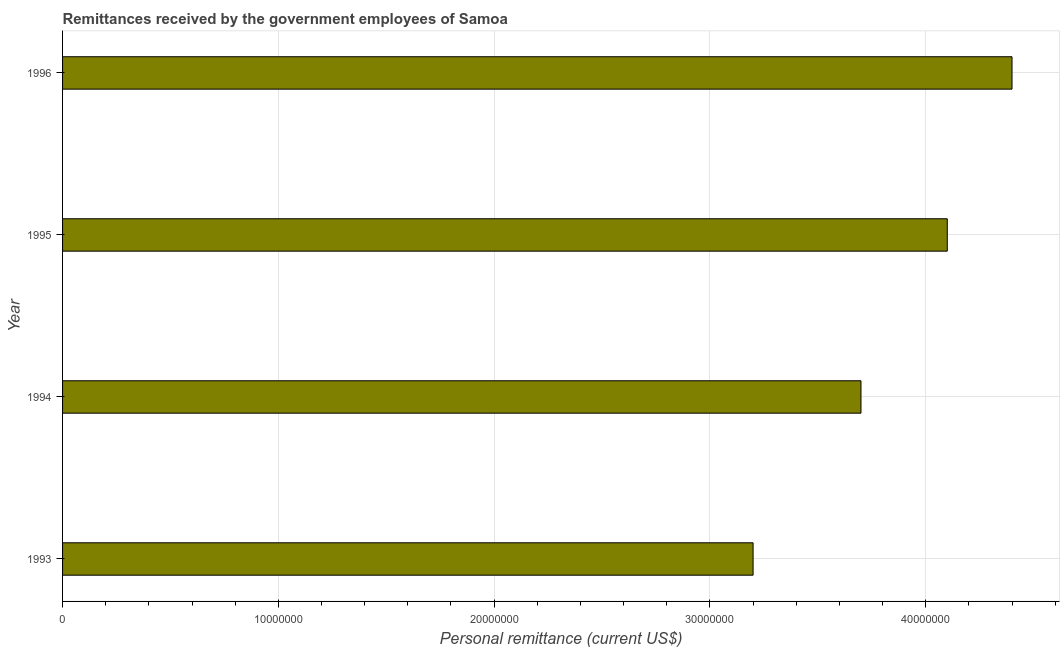
| Year | Personal remittances |
 | --- | --- |
 | 1993 | 3.2e+07 |
 | 1994 | 3.7e+07 |
 | 1995 | 4.1e+07 |
 | 1996 | 4.4e+07 |